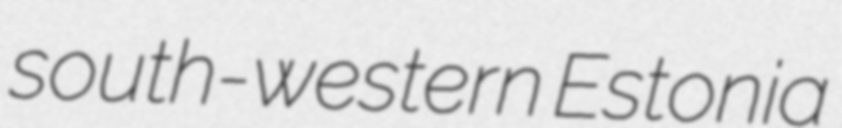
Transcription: south-western Estonia